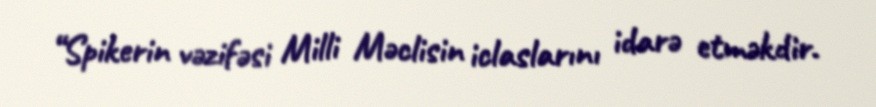
“Spikerin vəzifəsi Milli Məclisin iclaslarını idarə etməkdir.